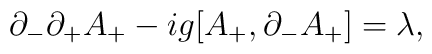
\partial_-\partial_+A_+ -ig [A_+,\partial_-A_+]=\lambda,